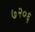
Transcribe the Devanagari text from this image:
७२०६